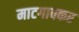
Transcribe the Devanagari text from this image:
माटगावकर